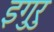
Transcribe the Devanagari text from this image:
इगुरु